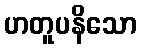
ဟတူပနိသော